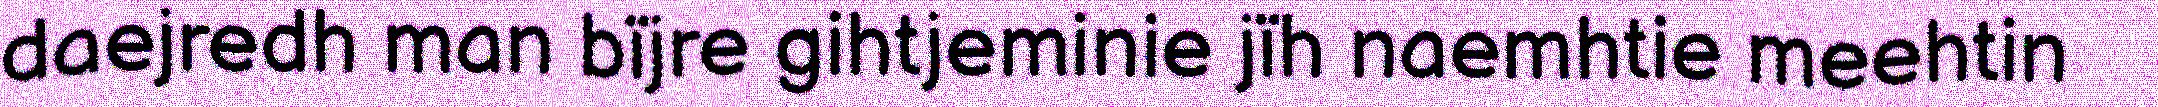
daejredh man bïjre gihtjeminie jïh naemhtie meehtin